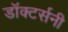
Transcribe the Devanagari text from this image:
डॉक्टर्सनी